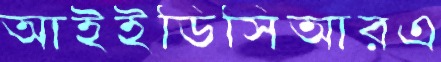
আইইডিসিআরএ